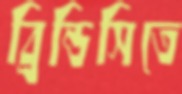
ব্রিন্ডিসিতে